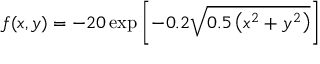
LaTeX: f ( x , y ) = - 2 0 \exp \left[ - 0 . 2 { \sqrt { 0 . 5 \left( x ^ { 2 } + y ^ { 2 } \right) } } \right]